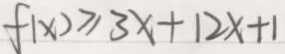
f ( x ) \geq 3 x + 1 2 x + 1